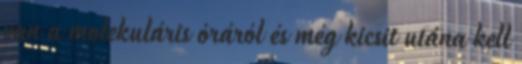
van a molekuláris óráról és még kicsit utána kell